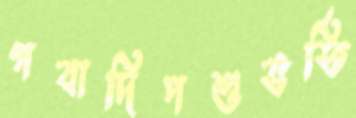
গবাদিপশুভর্তি